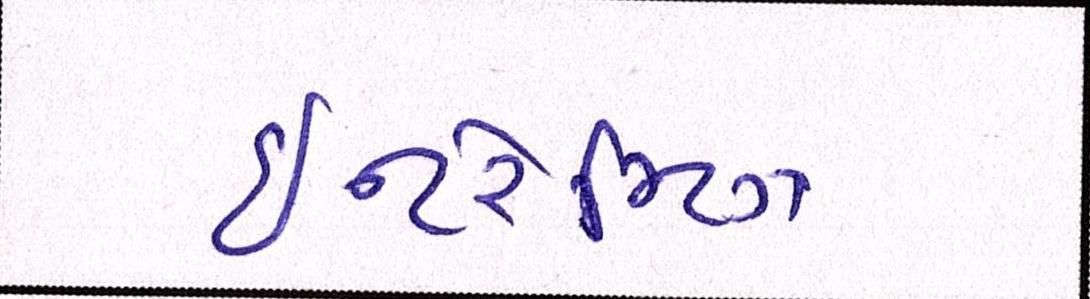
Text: ઇન્ટરેસ્ટિંગ